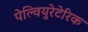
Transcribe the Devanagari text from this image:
पेल्वियुरेटेरिक